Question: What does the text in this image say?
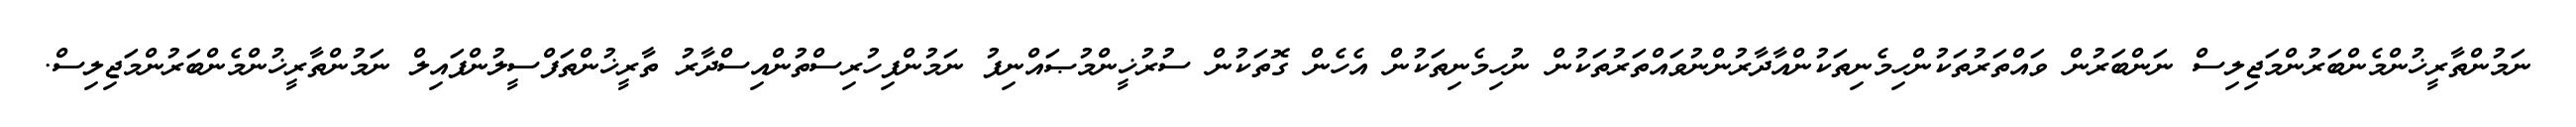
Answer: ނަމުންތާރީޚުންމެންބަރުންމަޖިލިސް ނަންބަރުން ވައްތަރުތަކުންހިމެނިތަކުންއާދާރުންނުވައްތަރުތަކުން ނުހިމެނިތަކުން އެހެން ގޮތަކުން ސުރުޚީންމުޞައްނިފު ނަމުންފިހުރިސްތުންއިސްދާރު ތާރީޚުންތަފްސީލުންފައިލް ނަމުންތާރީޚުންމެންބަރުންމަޖިލިސް.